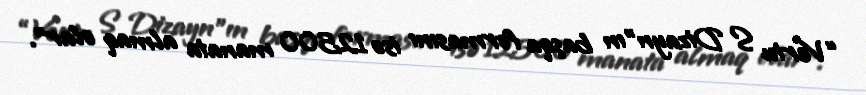
“Vertu S Dizayn”ın başqa formasını isə 12500 manata almaq olar".